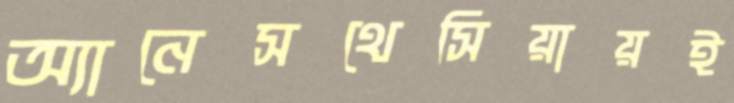
অ্যানেসথেসিয়ায়ই